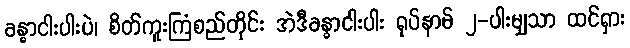
ခန္ဓာငါးပါးပဲ၊ စိတ်ကူးကြံစည်တိုင်း အဲဒီခန္ဓာငါးပါး ရုပ်နာမ် ၂-ပါးမျှသာ ထင်ရှား